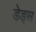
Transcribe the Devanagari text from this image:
डेड्स